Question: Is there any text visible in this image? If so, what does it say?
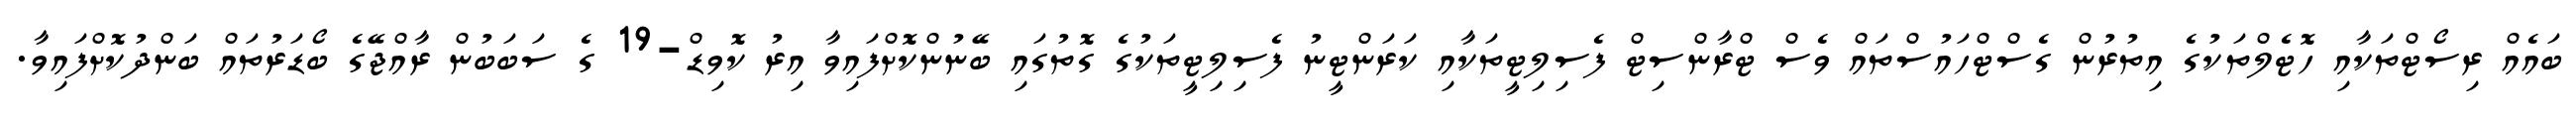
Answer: ބައެއް ރިސޯޓްތަކާއި ހޮޓެލްތަކުގެ އިތުރުން ގެސްޓްހައުސްތައް ވެސް ޓްރާންސިޓް ފެސިލިޓީތަކާއި ކަރަންޓީނު ފެސިލިޓީތަކުގެ ގޮތުގައި ބޭނުންކޮށްފައިވާ އިރު ކޮވިޑް-19 ގެ ސަބަބުން ރާއްޖޭގެ ބޯޑަރުތައް ބަންދުކޮށްފައިވާ.